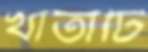
খাতাটি